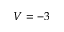
V = - 3